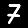
Digit: 7